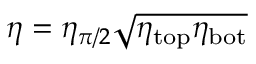
\eta = \eta _ { \pi / 2 } \sqrt { \eta _ { \mathrm { t o p } } \eta _ { \mathrm { b o t } } }